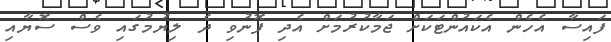
ފައިސާ އެހެން އެކައުންޓަކަށް ޖަމާކުރުމަށް އެދި ފޮނުވި ދެ ލިޔުމުގައި ވެސް ސޮޔާއި